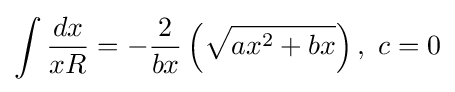
\int {\frac {dx}{xR}}=-{\frac {2}{bx}}\left({\sqrt {ax^{2}+bx}}\right),~c=0